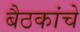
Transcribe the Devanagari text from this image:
बैठकांचे